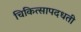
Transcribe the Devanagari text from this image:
चिकित्सापदधती